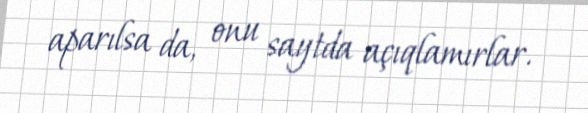
aparılsa da, onu saytda açıqlamırlar.